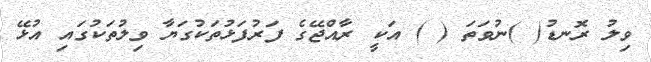
ވިލު ރޮނޑު( )ނުވަތަ ( ) އަކީ ރާއްޖޭގެ ފަރުފަޅުތަކުގަޔާ ވިލުތަކުގައި އުޅޭ